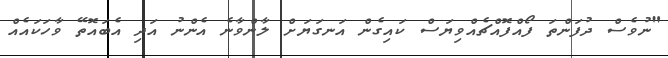
"ނުވެސް ދުފަންތަ ފޯއްފޮއްޗެއްވިޔަސް ކައިގެން އަނގަޔަށް ލާންވާނެ އެންނު އަދި އެބައޮތޭ ވާހަކައެއް